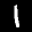
Label: 1